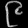
Digit: ၉